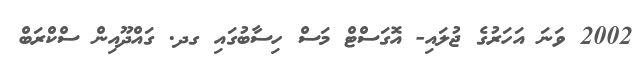
2002 ވަނަ އަހަރުގެ ޖުލައި- އޮގަސްޓް މަސް ހިސާބުގައި ގދ. ގައްދޫއިން ސްކްރަބް